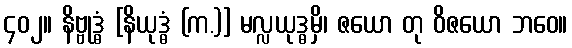
၄၀၂။ နိဗ္ဗုဒ္ဓံ [နိယုဒ္ဓံ (က.)] မလ္လယုဒ္ဓမှိ၊ ဇယော တု ဝိဇယော ဘဝေ။